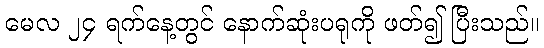
မေလ ၂၄ ရက်နေ့တွင် နောက်ဆုံးပရုကို ဖတ်၍ ပြီးသည်။